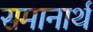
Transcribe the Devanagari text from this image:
समानार्थ